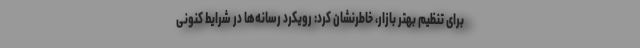
برای تنظیم بهتر بازار، خاطرنشان کرد: رویکرد رسانه‌ها در شرایط کنونی